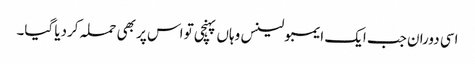
اسی دوران جب ایک ایمبولینس وہاں پہنچی تو اس پر بھی حملہ کردیا گیا۔